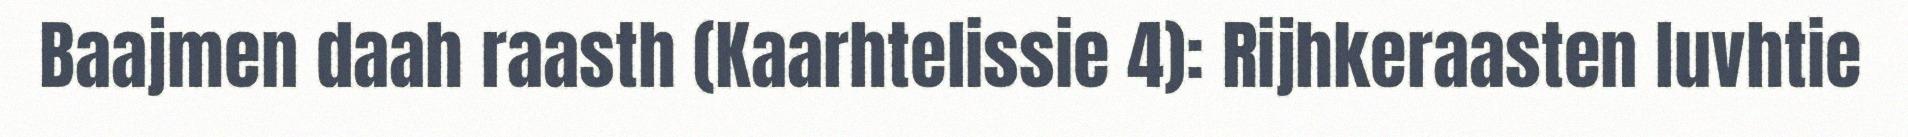
Baajmen daah raasth (Kaarhtelissie 4): Rijhkeraasten luvhtie